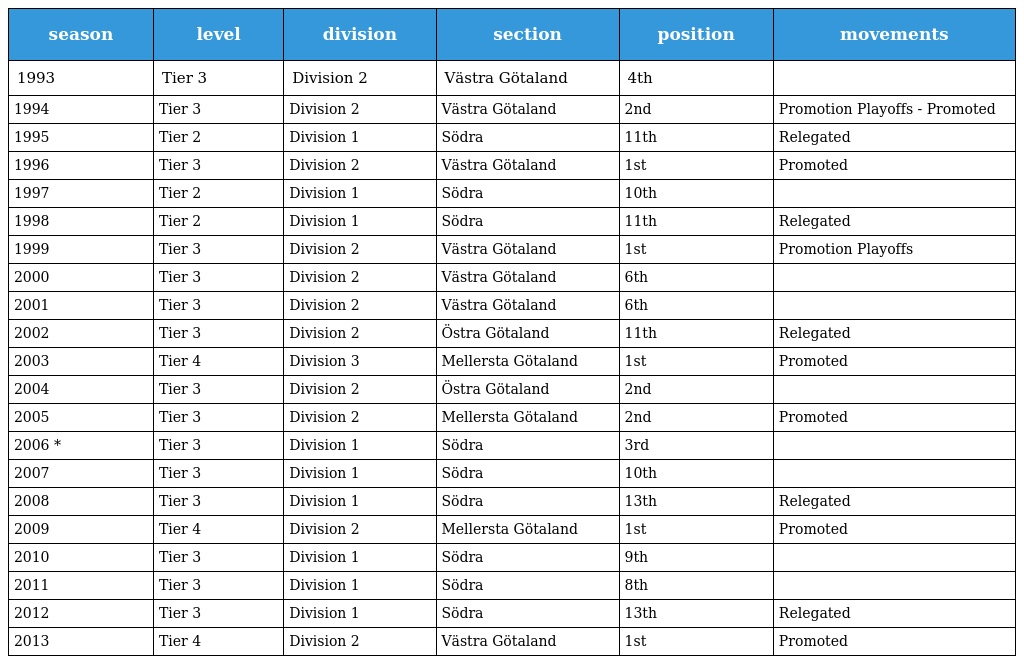
| season | level | division | section | position | movements |
 | --- | --- | --- | --- | --- | --- |
 | 1993 | Tier 3 | Division 2 | Västra Götaland | 4th |  |
 | 1994 | Tier 3 | Division 2 | Västra Götaland | 2nd | Promotion Playoffs - Promoted |
 | 1995 | Tier 2 | Division 1 | Södra | 11th | Relegated |
 | 1996 | Tier 3 | Division 2 | Västra Götaland | 1st | Promoted |
 | 1997 | Tier 2 | Division 1 | Södra | 10th |  |
 | 1998 | Tier 2 | Division 1 | Södra | 11th | Relegated |
 | 1999 | Tier 3 | Division 2 | Västra Götaland | 1st | Promotion Playoffs |
 | 2000 | Tier 3 | Division 2 | Västra Götaland | 6th |  |
 | 2001 | Tier 3 | Division 2 | Västra Götaland | 6th |  |
 | 2002 | Tier 3 | Division 2 | Östra Götaland | 11th | Relegated |
 | 2003 | Tier 4 | Division 3 | Mellersta Götaland | 1st | Promoted |
 | 2004 | Tier 3 | Division 2 | Östra Götaland | 2nd |  |
 | 2005 | Tier 3 | Division 2 | Mellersta Götaland | 2nd | Promoted |
 | 2006 * | Tier 3 | Division 1 | Södra | 3rd |  |
 | 2007 | Tier 3 | Division 1 | Södra | 10th |  |
 | 2008 | Tier 3 | Division 1 | Södra | 13th | Relegated |
 | 2009 | Tier 4 | Division 2 | Mellersta Götaland | 1st | Promoted |
 | 2010 | Tier 3 | Division 1 | Södra | 9th |  |
 | 2011 | Tier 3 | Division 1 | Södra | 8th |  |
 | 2012 | Tier 3 | Division 1 | Södra | 13th | Relegated |
 | 2013 | Tier 4 | Division 2 | Västra Götaland | 1st | Promoted |